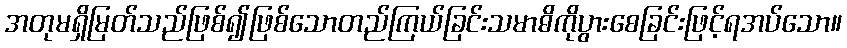
အတုမရှိမြတ်သည်ဖြစ်၍ဖြစ်သောတည်ကြယ်ခြင်းသမာဓိကိုပွားစေခြင်းဖြင့်ရအပ်သော။